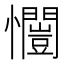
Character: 𭟥